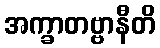
အက္ခာတဗ္ဗာနီတိ